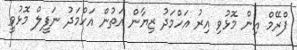
ފްރޭމް އިން މޮޅުވި އިރު އަހްމަދު ޒިޔާން އަތުން އަހްމަދު ނަފީލް މޮޅުވީ